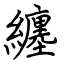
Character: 纏